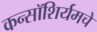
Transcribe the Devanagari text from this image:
कन्सॉशिर्यमचे